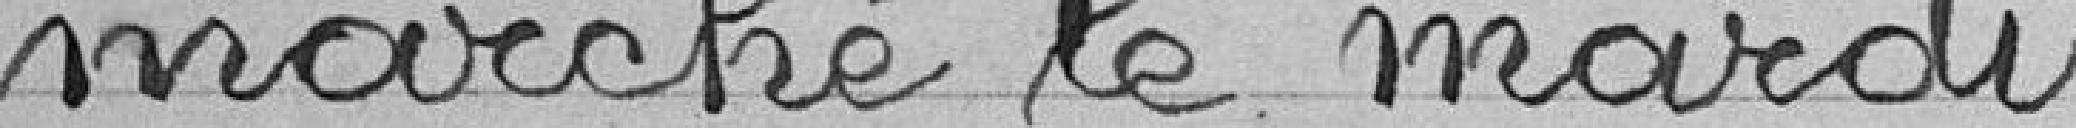
marché le mardi